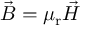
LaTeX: { \vec { B } } = \mu _ { \mathrm { r } } { \vec { H } }